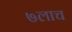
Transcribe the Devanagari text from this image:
७लाच